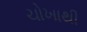
ચોખાથી